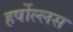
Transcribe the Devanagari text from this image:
हर्षोल्लस